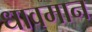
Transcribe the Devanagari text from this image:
धावमान